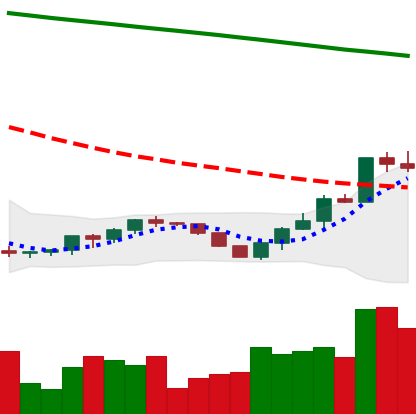
Ticker: ETH-USD
Chart end date: 2022-07-20
Forward return: -4.922%
Label: down_3_5